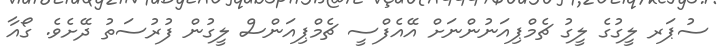
ސުޕަރ ލީގުގެ ލީގު ޗެމްޕިއަނުންނަށް އޭއެފްސީ ޗެމްޕިއަންސް ލީގުން ފުރުސަތު ދޭށެވެ. ގޯއާ